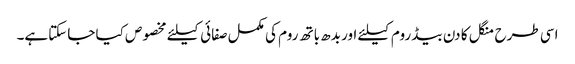
اسی طرح منگل کا دن بیڈ روم کیلئے اور بدھ باتھ روم کی مکمل صفائی کیلئے مخصوص کیا جاسکتاہے۔